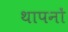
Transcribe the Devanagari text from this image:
थापनों